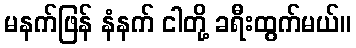
မနက်ဖြန် နံနက် ငါတို့ ခရီးထွက်မယ်။